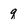
Character: q